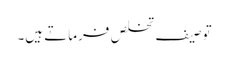
توصیف تخلص فرماتے ہیں۔